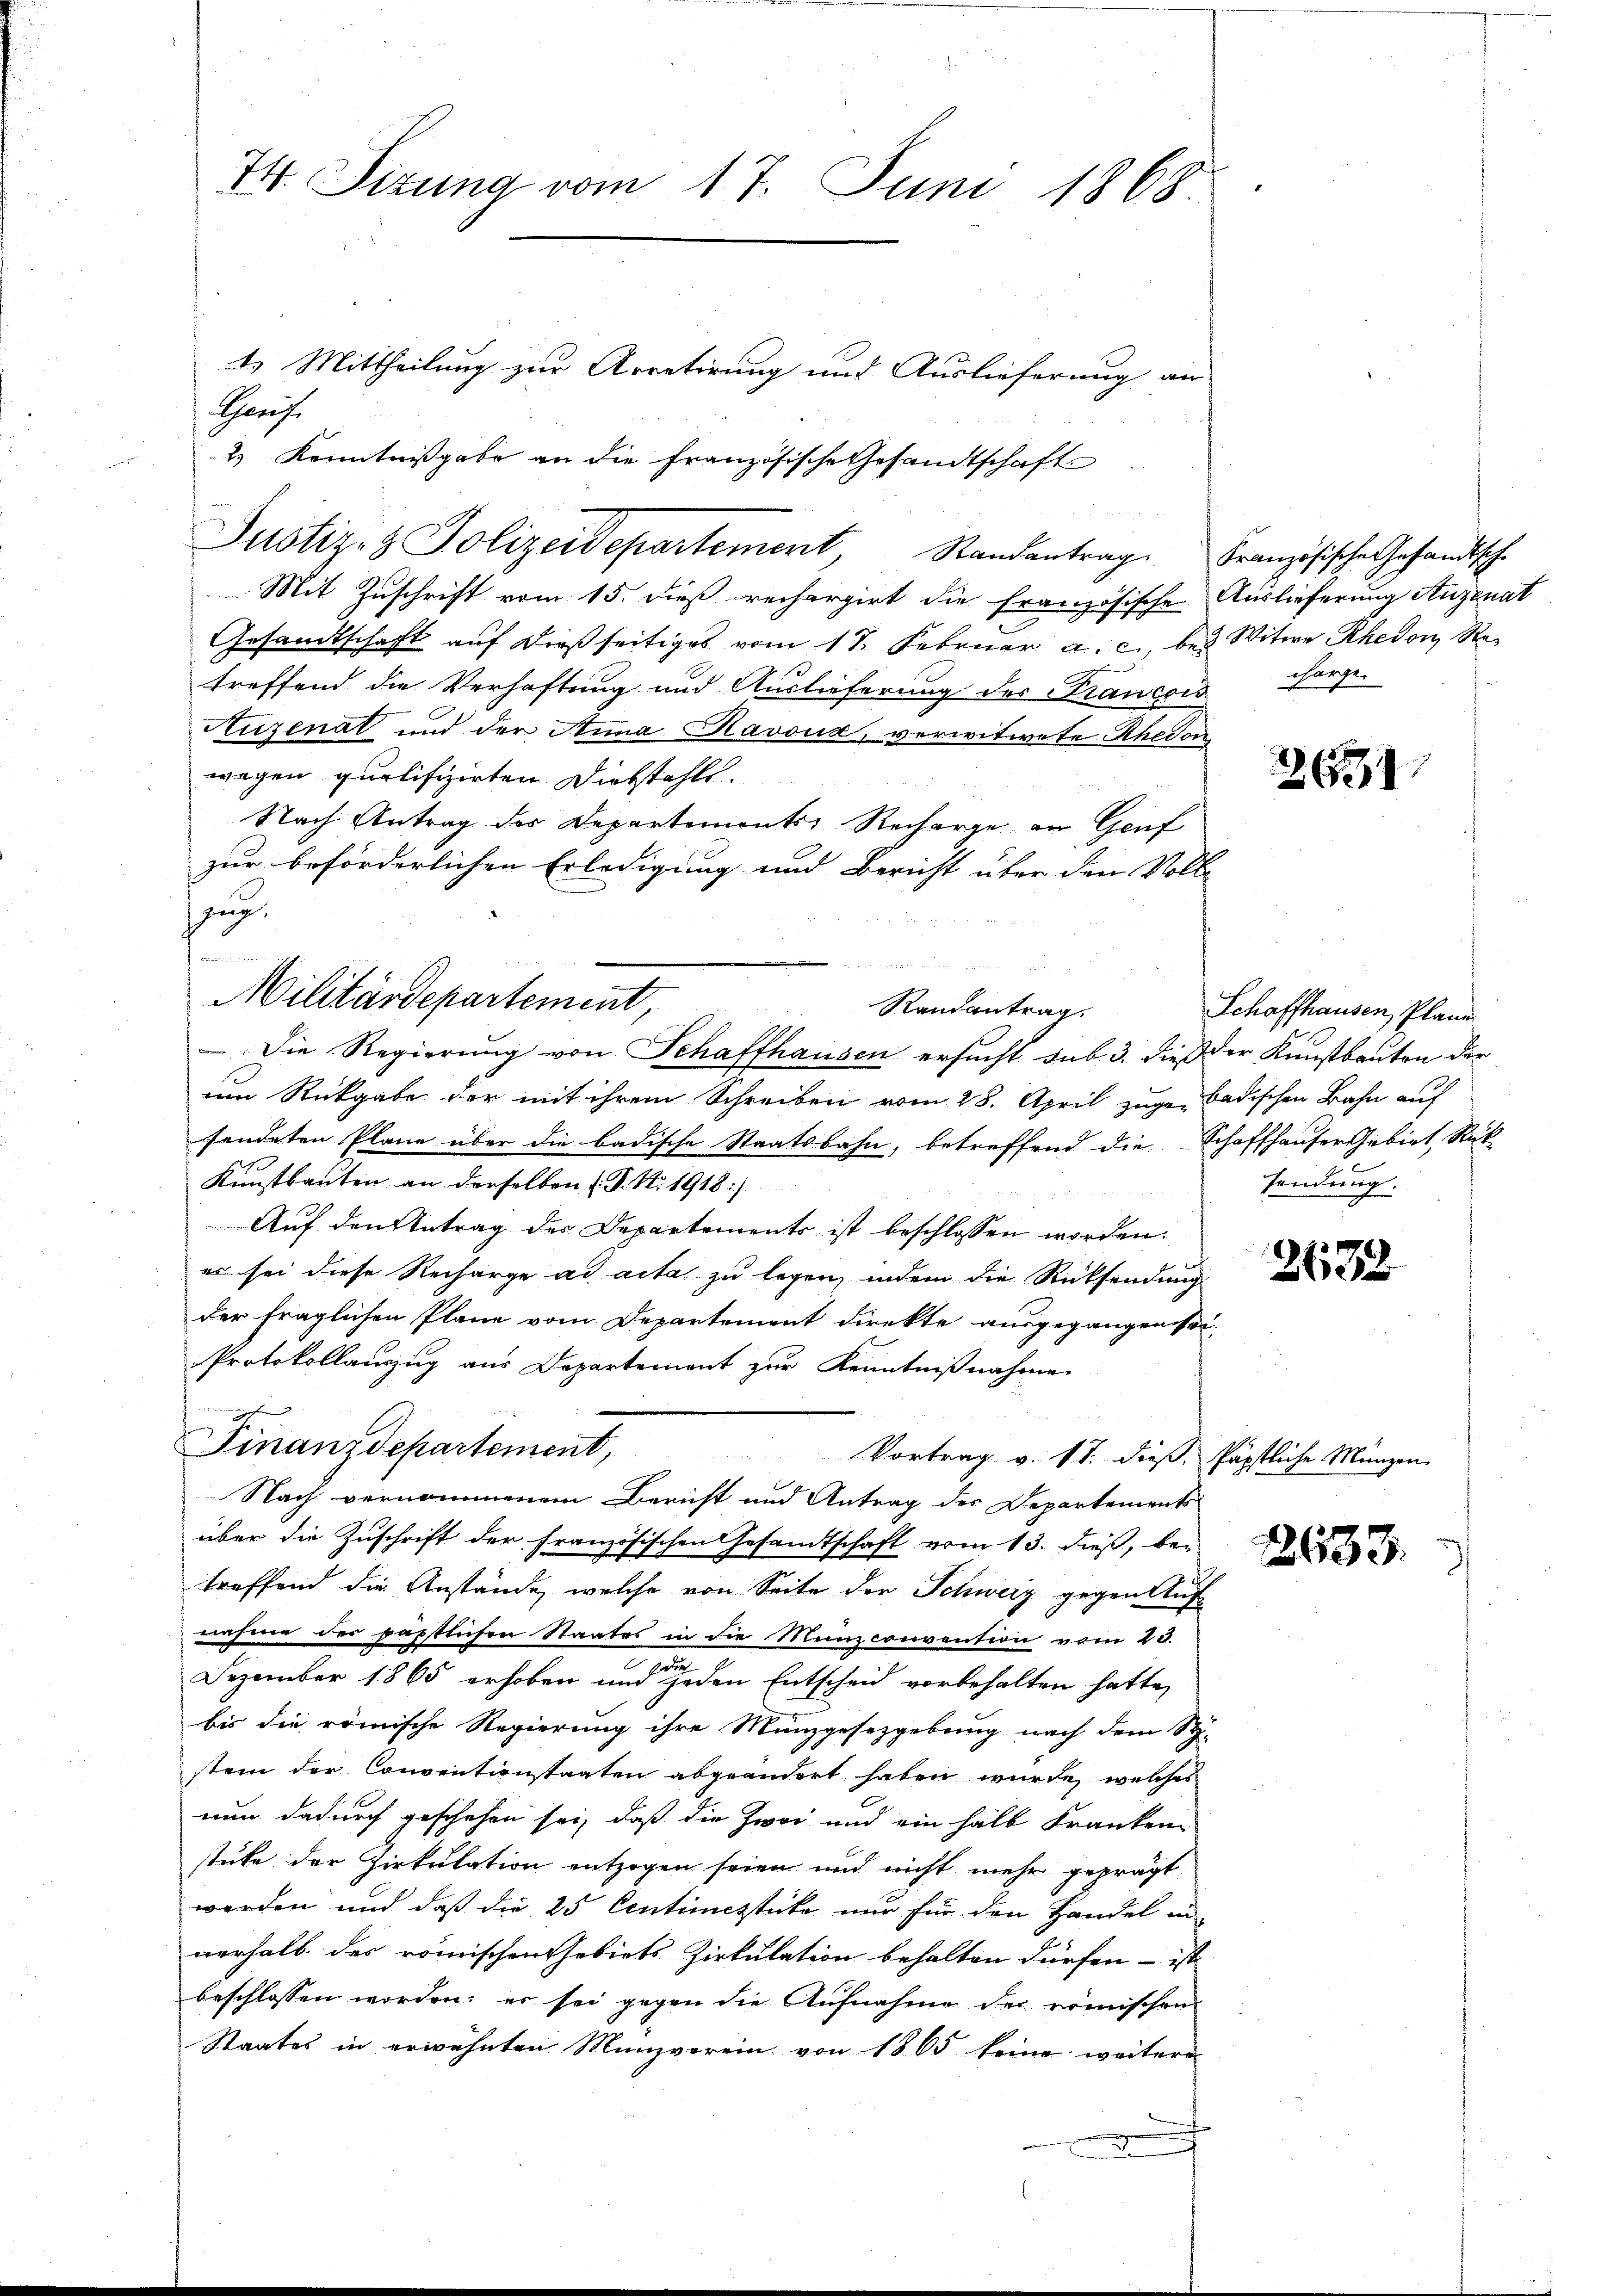
74. Sizung vom 17. Juni 1868.

Hhause
2.) Kenntnißgabe an die Französische Gesandtschaft
Mit Zuschrift vom 15. dieß rechargirt die französische
Gesandtschaft auf dießseitiges vom 17. Februar a. c., bei Witwe Rhedon, Re¬
.
treffend die Verhaftung und Auslieferung des Francois
Auzenat und der Anna Ravoux, verwitwete Rhedon
wegen qualifizirten Diebstahls.
Nach Antrag des Departemonts Recharge an Genf
zur beförderlichen Erledigung und Bericht über den Volle
zug.
Randantrag.
Die Regierung von Schaffhausen ersucht sub 3. dieß der Kunstbauten der
um Rückgabe der mit ihrem Schreiben vom 28. April zuge-Badischen Bahn auf
sendeten Pläne über die badische Staatsbahn, betreffend die Schaffhauser Gebiet Rück
Kunstbauten an derselben (T. N. 1918/
Auf den Antrag des Departements ist beschlossen worden.
es sei diese Recharge ad acta zu legen, indem die Rücksendung
der fraglichen Pläne vom Departement direkte ausgegangen sei
Protokollauszug aus Departement zur Kenntnißnahme
Finanzdepartement,
Vortrag v. 17. dieß, päpstliche Münzen
Nach vernommenem Bericht und Antrag des Departements
über die Zuschrift der französischen Gesamtschaft vom 13. dieß, betreffend die Anstände, welche von Seite der Schweiz gegen Auf
nahme der paptlichen Staates in die Manzconvention vom 23.
Dezember 1865 erhoben und es jeden Entscheid vorbehalten hatte,
bis die römische Regierung ihre Münzgesezgebung nach dem Sy-
stem der Conventionstaaten abgeändert haben würde, welches
nun dadurch geschehen sei, daß die Zwei und ein halb Kranken
stüke der Zirkulation entzogen seien und nicht mehr geprägt
werden und daß die 25 Centimistike nur für den Handel in
nerhalb der römischen Gebiets Zirkulation behalten dürfen - ist
beschlossen worden; er sei gegen die Aufnahme der römischen
Staates in erwähnten Münzverein von 1865 keine weitere

1.) Mittheilung zur Arretirung und Auslieferung an

Militärdepartement,

Justiz- & Polizeidepartement, Randantrag Französische Gesandtsch-

Auslieferung Augenat
charge.

26

Schaffhausen, Plane
sendung.

26,32

2633.